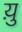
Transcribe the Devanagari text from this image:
य़ु